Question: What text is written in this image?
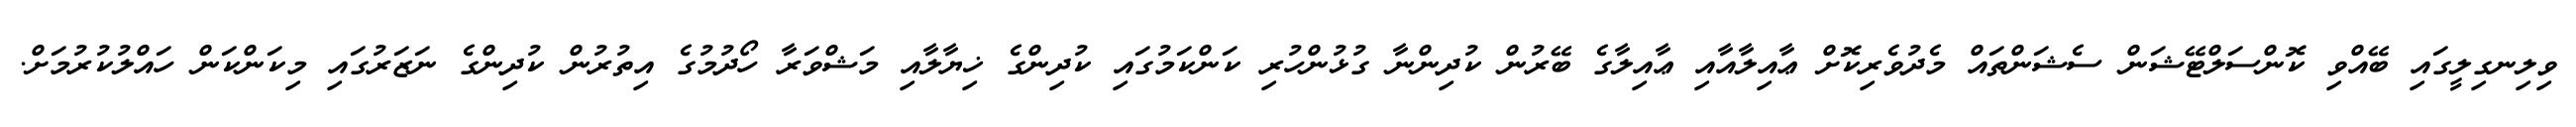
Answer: ވިލިނގިލީގައި ބޭއްވި ކޮންސަލްޓޭޝަން ސެޝަންތައް މެދުވެރިކޮށް ޢާއިލާއާއި ޢާއިލާގެ ބޭރުން ކުދިންނާ ގުޅުންހުރި ކަންކަމުގައި ކުދިންގެ ޚިޔާލާއި މަޝްވަރާ ހޯދުމުގެ އިތުރުން ކުދިންގެ ނަޒަރުގައި މިކަންކަން ހައްލުކުރުމަށް.